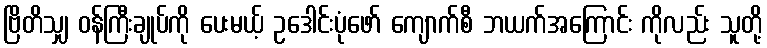
ဗြိတိသျှ ဝန်ကြီးချုပ်ကို ပေးမယ့် ဥဒေါင်းပုံဖော် ကျောက်စီ ဘယက်အကြောင်း ကိုလည်း သူတို့